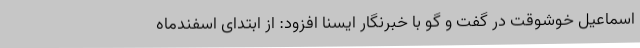
اسماعیل خوشوقت در گفت و گو با خبرنگار ایسنا افزود: از ابتدای اسفندماه